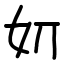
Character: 㚦